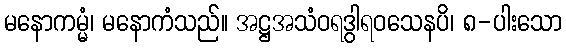
မနောကမ္မံ၊ မနောကံသည်။ အဋ္ဌအသံဝရဒွါရဝသေနပိ၊ ၈-ပါးသော